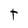
Character: t